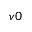
v 0